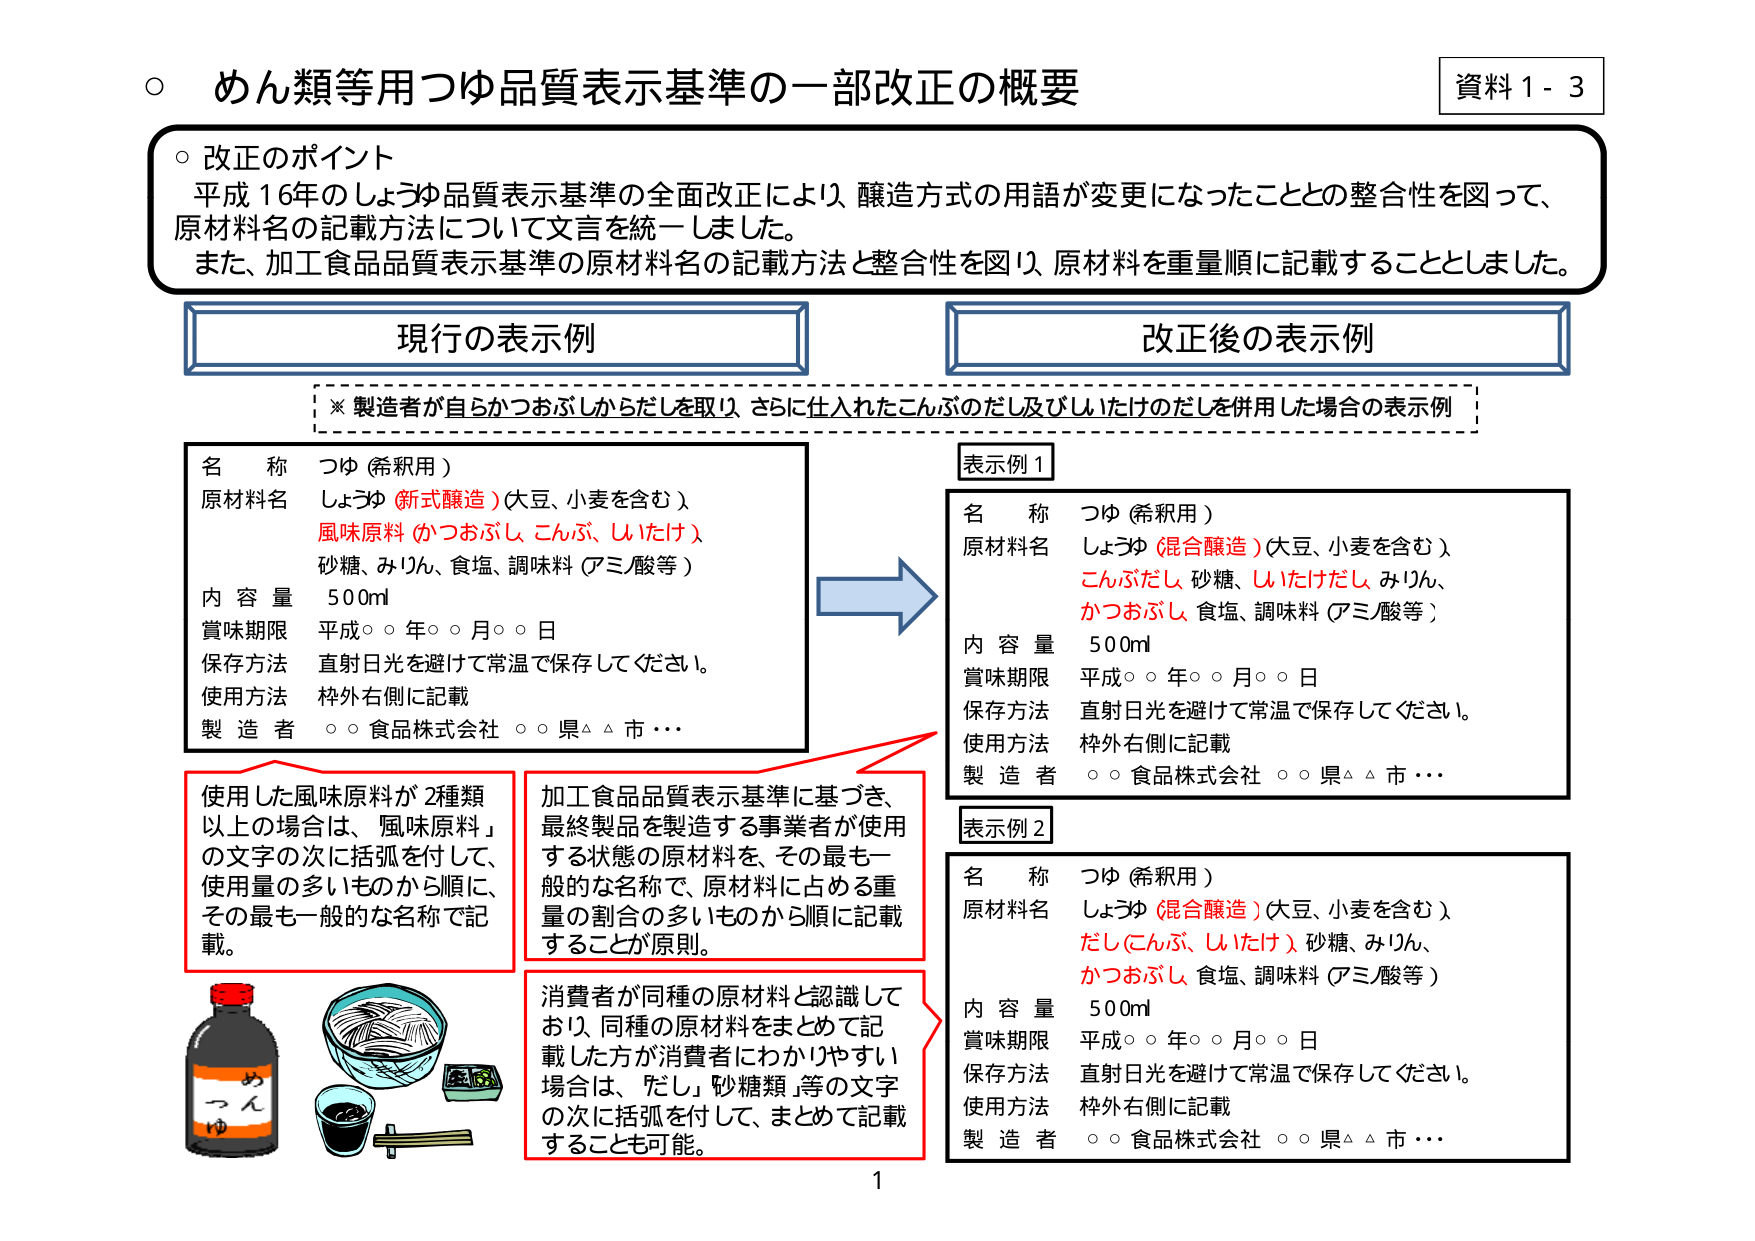
○ めん類等用つゆ品質表示基準の一部改正の概要

資料１－３

○ 改正のポイント
平成16年のしょうゆ品質表示基準の全面改正により、醸造方式の用語が変更になったこととの整合性を図って、
原材料名の記載方法について文言を統一しました。
また、加工食品品質表示基準の原材料名の記載方法と整合性を図り、原材料を重量順に記載することとしました。

現行の表示例

※ 製造者が自らかつおぶしがからだしを取り、さらに仕入れたこんぶのだし及びしいたけのだしを併用した場合の表示例

名 称 つゆ（希釈用）
原材料名 しょうゆ（新式醸造）（大豆、小麦を含む）
風味原料（かつおぶし、こんぶ、しいたけ）
砂糖、みりん、食塩、調味料（アミノ酸等）
内 容 量 500ml
賞味期限 平成○○年○○月○○日
保存方法 直射日光を避けて常温で保存してください。
使用方法 枠外右側に記載
製 造 者 ○○食品株式会社 ○○県△△市・・・

改正後の表示例

表示例１

名 称 つゆ（希釈用）
原材料名 しょうゆ（混合醸造）（大豆、小麦を含む）
こんぶだし、砂糖、しいたけだし、みりん、
かつおぶし、食塩、調味料（アミノ酸等）
内 容 量 500ml
賞味期限 平成○○年○○月○○日
保存方法 直射日光を避けて常温で保存してください。
使用方法 枠外右側に記載
製 造 者 ○○食品株式会社 ○○県△△市・・・

表示例２

名 称 つゆ（希釈用）
原材料名 しょうゆ（混合醸造）（大豆、小麦を含む）
だし（こんぶ、しいたけ）、砂糖、みりん、
かつおぶし、食塩、調味料（アミノ酸等）
内 容 量 500ml
賞味期限 平成○○年○○月○○日
保存方法 直射日光を避けて常温で保存してください。
使用方法 枠外右側に記載
製 造 者 ○○食品株式会社 ○○県△△市・・・

使用した風味原料が2種類以上の場合には、「風味原料」の文字の次に括弧を付して、使用量の多いものから順に、その最も一般的な名称で記載。

加工食品品質表示基準に基づき、最終製品を製造する事業者が使用する状態の原材料を、その最も一般的な名称で、原材料に占める重量の割合の多いものから順に記載することが原則。

消費者が同種の原材料と認識しており、同種の原材料をまとめて記載した方が消費者にわかりやすい場合は、「だし」、「砂糖類」等の文字の次に括弧を付して、まとめて記載することも可能。

めんつゆ

1